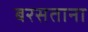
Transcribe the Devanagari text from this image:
बरसताना